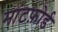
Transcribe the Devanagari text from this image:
मांटफ़ोर्ड